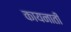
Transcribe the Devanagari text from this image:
कायनाती